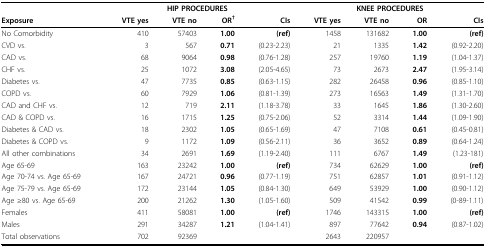
<table><thead><tr><td></td><td colspan="4"><b>HIP PROCEDURES</b></td><td colspan="4"><b>KNEE PROCEDURES</b></td></tr><tr><td><b>Exposure</b></td><td><b>VTE yes</b></td><td><b>VTE no</b></td><td><b>OR<sup>†</sup></b></td><td><b>CIs</b></td><td><b>VTE yes</b></td><td><b>VTE no</b></td><td><b>OR</b></td><td><b>CIs</b></td></tr></thead><tbody><tr><td>No Comorbidity</td><td>410</td><td>57403</td><td><b>1.00</b></td><td><b>(ref)</b></td><td>1458</td><td>131682</td><td><b>1.00</b></td><td><b>(ref)</b></td></tr><tr><td>CVD vs.</td><td>3</td><td>567</td><td><b>0.71</b></td><td>(0.23-2.23)</td><td>21</td><td>1335</td><td><b>1.42</b></td><td>(0.92-2.20)</td></tr><tr><td>CAD vs.</td><td>68</td><td>9064</td><td><b>0.98</b></td><td>(0.76-1.28)</td><td>257</td><td>19760</td><td><b>1.19</b></td><td>(1.04-1.37)</td></tr><tr><td>CHF vs.</td><td>25</td><td>1072</td><td><b>3.08</b></td><td>(2.05-4.65)</td><td>73</td><td>2673</td><td><b>2.47</b></td><td>(1.95-3.14)</td></tr><tr><td>Diabetes vs.</td><td>47</td><td>7735</td><td><b>0.85</b></td><td>(0.63-1.15)</td><td>282</td><td>26458</td><td><b>0.96</b></td><td>(0.85-1.10)</td></tr><tr><td>COPD vs.</td><td>60</td><td>7929</td><td><b>1.06</b></td><td>(0.81-1.39)</td><td>273</td><td>16563</td><td><b>1.49</b></td><td>(1.31-1.70)</td></tr><tr><td>CAD and CHF vs.</td><td>12</td><td>719</td><td><b>2.11</b></td><td>(1.18-3.78)</td><td>33</td><td>1645</td><td><b>1.86</b></td><td>(1.30-2.60)</td></tr><tr><td>CAD &amp; COPD vs.</td><td>16</td><td>1715</td><td><b>1.25</b></td><td>(0.75-2.06)</td><td>52</td><td>3314</td><td><b>1.44</b></td><td>(1.09-1.90)</td></tr><tr><td>Diabetes &amp; CAD vs.</td><td>18</td><td>2302</td><td><b>1.05</b></td><td>(0.65-1.69)</td><td>47</td><td>7108</td><td><b>0.61</b></td><td>(0.45-0.81)</td></tr><tr><td>Diabetes &amp; COPD vs.</td><td>9</td><td>1172</td><td><b>1.09</b></td><td>(0.56-2.11)</td><td>36</td><td>3652</td><td><b>0.89</b></td><td>(0.64-1.24)</td></tr><tr><td>All other combinations</td><td>34</td><td>2691</td><td><b>1.69</b></td><td>(1.19-2.40)</td><td>111</td><td>6767</td><td><b>1.49</b></td><td>(1.23-181)</td></tr><tr><td>Age 65-69</td><td>163</td><td>23242</td><td><b>1.00</b></td><td><b>(ref)</b></td><td>734</td><td>62629</td><td><b>1.00</b></td><td><b>(ref)</b></td></tr><tr><td>Age 70-74 vs. Age 65-69</td><td>167</td><td>24721</td><td><b>0.96</b></td><td>(0.77-1.19)</td><td>751</td><td>62857</td><td><b>1.01</b></td><td>(0.91-1.12)</td></tr><tr><td>Age 75-79 vs. Age 65-69</td><td>172</td><td>23144</td><td><b>1.05</b></td><td>(0.84-1.30)</td><td>649</td><td>53929</td><td><b>1.00</b></td><td>(0.90-1.12)</td></tr><tr><td>Age ≥80 vs. Age 65-69</td><td>200</td><td>21262</td><td><b>1.30</b></td><td>(1.05-1.60)</td><td>509</td><td>41542</td><td><b>0.99</b></td><td>(0-89-1.11)</td></tr><tr><td>Females</td><td>411</td><td>58081</td><td><b>1.00</b></td><td><b>(ref)</b></td><td>1746</td><td>143315</td><td><b>1.00</b></td><td><b>(ref)</b></td></tr><tr><td>Males</td><td>291</td><td>34287</td><td><b>1.21</b></td><td>(1.04-1.41)</td><td>897</td><td>77642</td><td><b>0.94</b></td><td>(0.87-1.02)</td></tr><tr><td>Total observations</td><td>702</td><td>92369</td><td></td><td></td><td>2643</td><td>220957</td><td></td><td></td></tr></tbody></table>